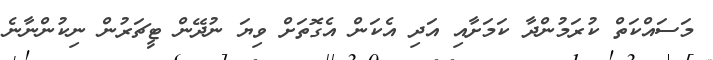
މަސައްކަތް ކުރަމުންދާ ކަމަށާއި އަދި އެކަން އެގޮތަށް ވިޔަ ނުދޭން ޓީޗަރުން ނިކުންނާނެ